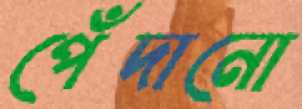
পেঁদানো